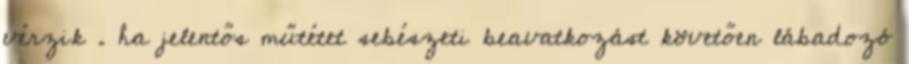
vérzik . ha jelentős műtétet sebészeti beavatkozást követően lábadozó